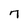
Character: 7